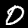
Digit: 0